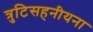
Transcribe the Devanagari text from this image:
त्रुटिसहनीयना